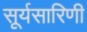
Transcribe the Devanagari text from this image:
सूर्यसारिणी